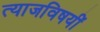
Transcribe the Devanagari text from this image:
त्याजविषयीं